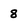
Character: 8